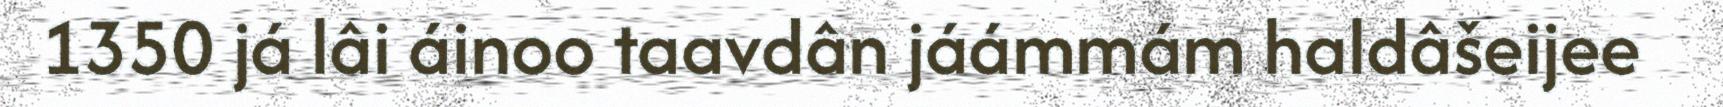
1350 já lâi áinoo taavdân jáámmám haldâšeijee